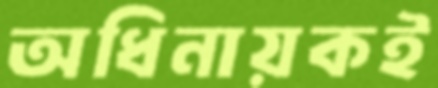
অধিনায়কই